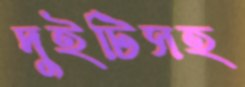
দুইটিসহ